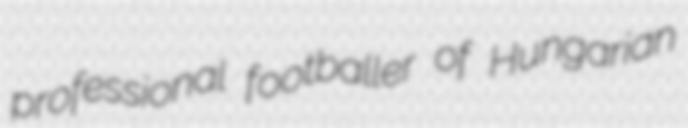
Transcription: professional footballer of Hungarian